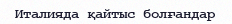
Италияда қайтыс болғандар